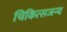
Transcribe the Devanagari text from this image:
चिकित्सजन्य